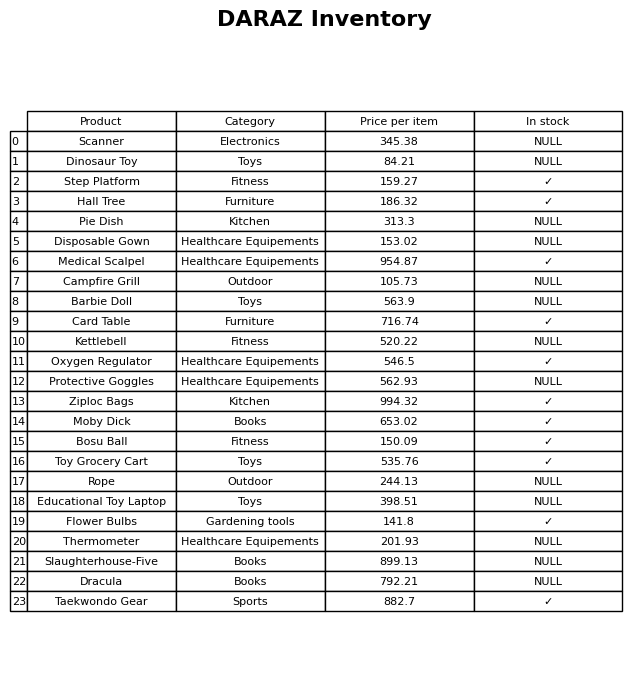
question: What is the price for Slaughterhouse-Five?
answer: The price of Slaughterhouse-Five is 899.13.